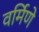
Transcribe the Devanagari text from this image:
वर्मिणे